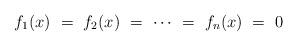
LaTeX: \begin{align*} f_1(x)\ =\ f_2(x)\ =\ \dotsb\ =\ f_n(x)\ =\ 0 \end{align*}